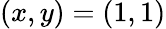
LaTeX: (x,y)=(1,1)